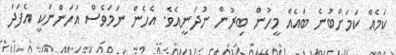
ކަމެއް ކަމަށްބުނެ ބައެއް މީހުން ބިރުން ނުދަނީއެވެ. އެހެން ނަމަވެސް އަހަންނަކީ އެފަދަ